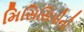
મિસિસિપીની